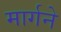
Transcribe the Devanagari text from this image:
मार्गने